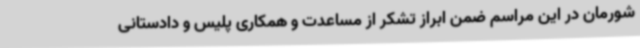
شورمان در این مراسم ضمن ابراز تشکر از مساعدت و همکاری پلیس و دادستانی